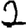
Digit: 2